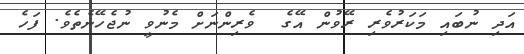
އަދި ނުބައި މަކަރުވެރި ރޭވުން އޭގެ  ވެރިންނަށް މެނުވީ ނުޖެހޭނެތެވެ. ފަހެ